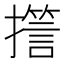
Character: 𭢪